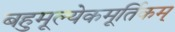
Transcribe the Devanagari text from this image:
बहुमूल्येकमूर्तिकम्‌